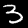
Label: 3